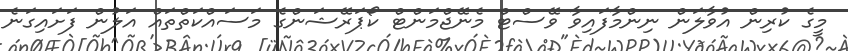
މީގެ ކުރިން އުވާލަން ނިންމާފައިވާ ވޭސްޓް މެނޭޖްމަންޓް ކޯޕަރޭޝަންގެ މަސައްކަތްތައް އަލުން ފަށައިގަނެ